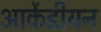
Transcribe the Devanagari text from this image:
आर्केडीयन